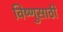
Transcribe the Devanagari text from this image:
विष्णुसाठी